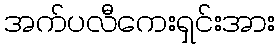
အက်ပလီကေးရှင်းအား